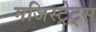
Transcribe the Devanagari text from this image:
मजिस्ट्रेट्स